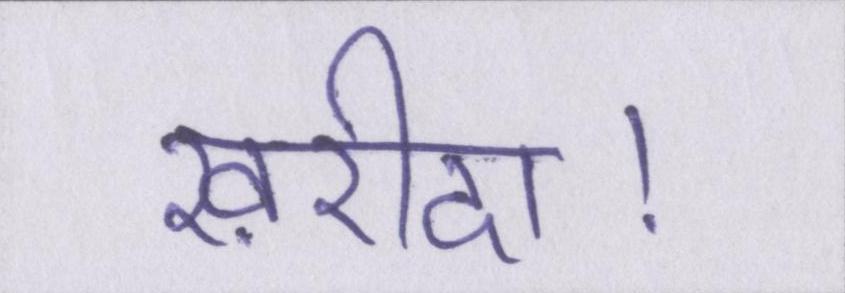
ख़रीदा।